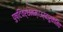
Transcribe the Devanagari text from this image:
पुष्टिवर्धनम्।उर्वारुकमिव